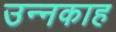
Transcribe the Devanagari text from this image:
उन्नकाह